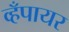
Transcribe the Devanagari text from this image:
व्हँपायर